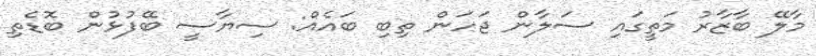
މާލޭ ބާޒާރު މަތީގައި ސަލާން ޖަހަން ތިބި ބައެއް: ސިޔާސީ ބޭފުޅުން ބޮޑެތި